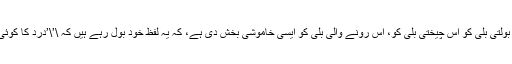
اِس دُکھ نے اُس بولتی بلی کو اُس چیختی بلی کو، اُس رونے والی بلی کو ایسی خاموشی بخش دی ہے، کہ یہ لفظ خود بول رہے ہیں کہ \’\’درد کا کوئی دامن نہیں ہوتا!